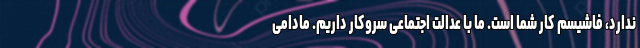
ندارد، فاشیسم کار شما است. ما با عدالت اجتماعی سروکار داریم. مادامی